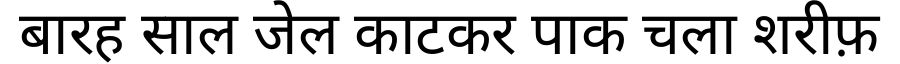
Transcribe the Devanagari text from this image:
बारह साल जेल काटकर पाक चला शरीफ़